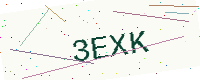
Text: 3EXK